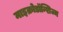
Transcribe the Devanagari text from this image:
माइक्रोडॉन्शिज्म